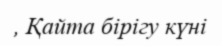
, Қайта бірігу күні